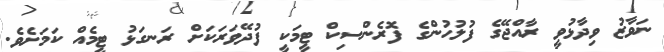
ނަވާޒު ވިދާޅުވީ ރާއްޖޭގެ ފުލުހުންގެ ފޮރެންސިކް ޓީމަކީ ފުދޭވަރަކަށް ރަނގަޅު ޓީމެއް ކަމަށެވެ.